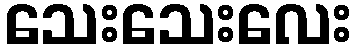
သေးသေးလေး